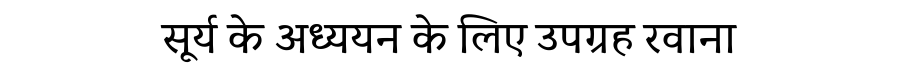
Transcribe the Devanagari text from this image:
सूर्य के अध्ययन के लिए उपग्रह रवाना